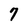
Character: 7